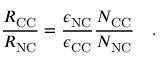
\frac { R _ { \mathrm { C C } } } { R _ { \mathrm { N C } } } = \frac { \epsilon _ { \mathrm { N C } } } { \epsilon _ { \mathrm { C C } } } \frac { N _ { \mathrm { C C } } } { N _ { \mathrm { N C } } } \quad .